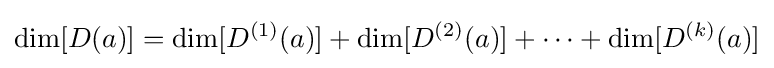
\dim[D(a)]=\dim[D^{(1)}(a)]+\dim[D^{(2)}(a)]+\cdots +\dim[D^{(k)}(a)]